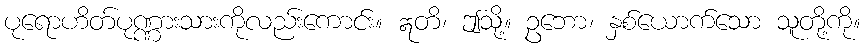
ပုရောဟိတ်ပုဏ္ဏားသားကိုလည်းကောင်း။ ဣတိ၊ ဤသို့။ ဥဘော၊ နှစ်ယောက်သော သူတို့ကို။